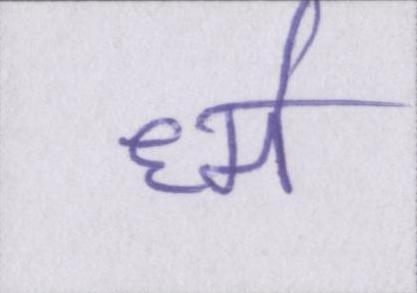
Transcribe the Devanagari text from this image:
र्ध्म